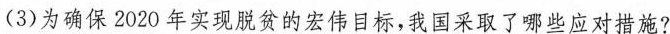
(3)为确保2020年实现脱贫的宏伟目标，我国采取了哪些应对措施?